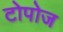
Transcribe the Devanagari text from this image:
टोपोज